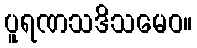
ပူရဏသဒိသမေဝ။